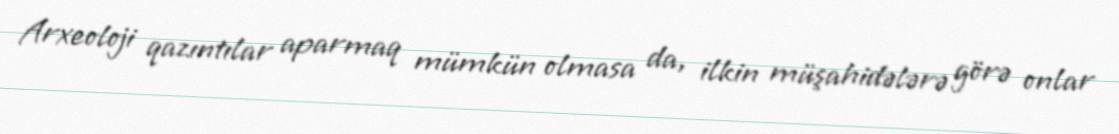
Arxeoloji qazıntılar aparmaq mümkün olmasa da, ilkin müşahidələrə görə onlar